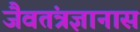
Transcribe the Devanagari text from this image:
जैवतंत्रज्ञानास